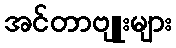
အင်တာဗျူးများ